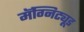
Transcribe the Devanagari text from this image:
मॅग्निट्यूड